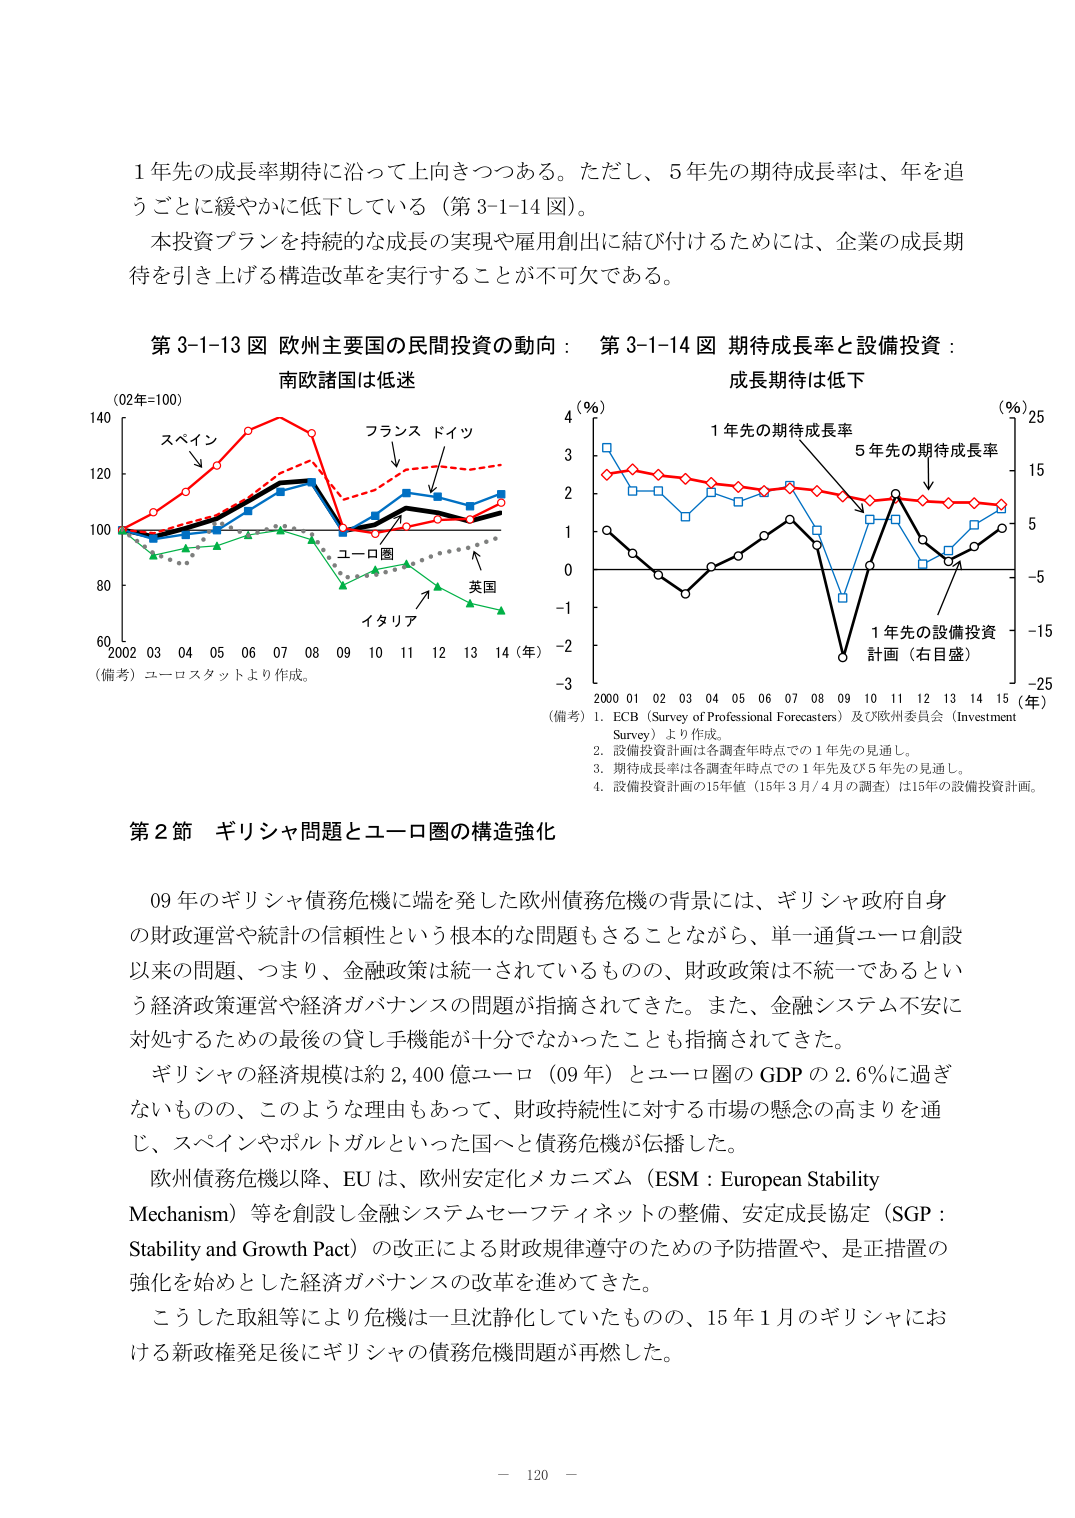
1年先の成長率期待に沿って上向きつつある。ただし、5年先の期待成長率は、年を追うごとに緩やかに低下している（第3-1-14図）。

本投資プランを持続的な成長の実現や雇用創出に結び付けるためには、企業の成長期待を引き上げる構造改革を実行することが不可欠である。

第3-1-13図 欧州主要国の民間投資の動向：南欧諸国は低迷
（02年=100）
2002 03 04 05 06 07 08 09 10 11 12 13 14（年）
（備考）ユーロスタットより作成。
スペイン
フランス ドイツ
ユーロ圏
英国
イタリア

第3-1-14図 期待成長率と設備投資：成長期待は低下
4（%）
1年先の期待成長率
5年先の期待成長率
（%）25
15
5
-5
-15
-25
-3
0
1
2
3
2000 01 02 03 04 05 06 07 08 09 10 11 12 13 14 15（年）
1年先の設備投資計画（右目盛）
（備考）1. ECB（Survey of Professional Forecasters）及び欧州委員会（Investment Survey）より作成。
2. 設備投資計画は各調査年時点での1年先の見通し。
3. 期待成長率は各調査年時点での1年先及び5年先の見通し。
4. 設備投資計画の15年値（15年3月/4月の調査）は15年の設備投資計画。

第2節 ギリシャ問題とユーロ圏の構造強化

09年のギリシャ債務危機に端を発した欧州債務危機の背景には、ギリシャ政府自身の財政運営や統計の信頼性という根本的な問題もさることながら、単一通貨ユーロ創設以来の問題、つまり、金融政策は統一されているものの、財政政策は不統一であるという経済政策運営や経済ガバナンスの問題が指摘されてきた。また、金融システム不安に対処するための最後の貸し手機能が十分でなかったことも指摘されてきた。

ギリシャの経済規模は約2,400億ユーロ（09年）とユーロ圏のGDPの2.6％に過ぎないものの、このような理由もあって、財政持続性に対する市場の懸念の高まりを通じ、スペインやポルトガルといった国へと債務危機が伝播した。

欧州債務危機以降、EUは、欧州安定化メカニズム（ESM：European Stability Mechanism）等を創設し金融システムセーフティネットの整備、安定成長協定（SGP：Stability and Growth Pact）の改正による財政規律遵守のための予防措置や、是正措置の強化を始めとした経済ガバナンスの改革を進めてきた。

こうした取組等により危機は一旦沈静化していたものの、15年1月のギリシャにおける新政権発足後にギリシャの債務危機問題が再燃した。

－ 120 －